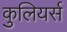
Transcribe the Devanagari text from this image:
कुलियर्स